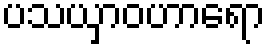
ပသယှာဝဟာရော